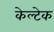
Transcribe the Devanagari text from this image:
केल्टेक